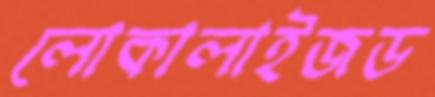
লোকালাইজড